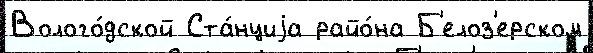
Волого́дской Ста́нциjа райо́на Б'елоз'ерском